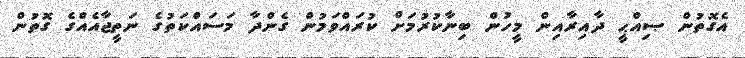
އެގޮތުން ޞިއްޙީ ދާއިރާއިން މީހުން ބިނާކުރުމަށް ކުރައްވަމުން ގެންދާ މަސައްކަތުގެ ނަތީޖާއެއްގެ ގޮތުން